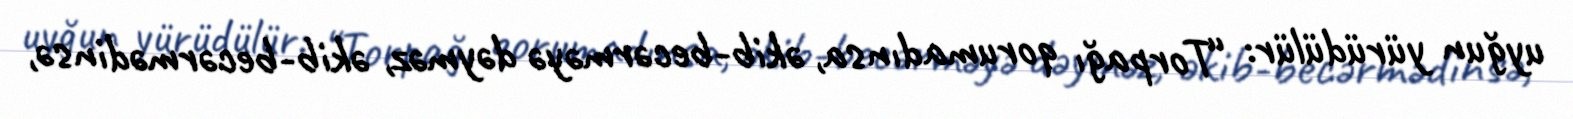
uyğun yürüdülür: “Torpağı qorumadınsa, əkib-becərməyə dəyməz, əkib-becərmədinsə,